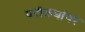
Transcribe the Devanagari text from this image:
परीकथांवर